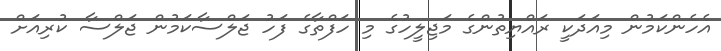
އެހެންކަމުން މިއަދަކީ ރައްޔިތުންގެ މަޖިލީހުގެ މި ހަފްތާގެ ފަހު ޖަލްސާކަމުން ޖަލްސާ ކުރިއަށް